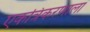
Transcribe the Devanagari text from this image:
एकत्रिकरणाला